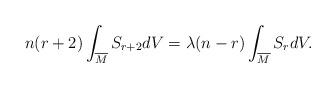
LaTeX: \begin{align*} n(r+2)\int_{\overline{M}}S_{r+2}dV=\lambda(n-r)\int_{\overline{M}}S_{r}dV. \end{align*}